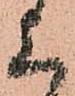
上